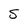
Character: 5